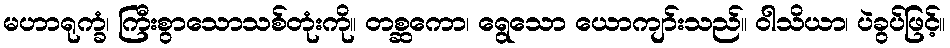
မဟာရုက္ခံ၊ ကြီးစွာသောသစ်တုံးကို။ တစ္ဆကော၊ ရွေသော ယောကျာ်းသည်။ ဝါသိယာ၊ ပဲခွပ်ဖြင့်။